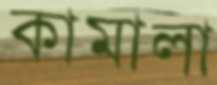
কামালা